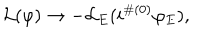
{ \cal L } ( \varphi ) \to - { \cal L } _ { E } ( i ^ { \# ( 0 ) } \varphi _ { E } ) ,